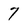
Character: 7